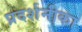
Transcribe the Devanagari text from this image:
प्रदर्शनीका